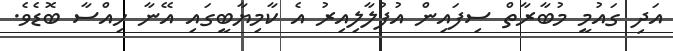
އަދި ގައުމީ މުބާރާތް ސިފައިން އުފުލާލިއިރު އެ ކާމިޔާބީގައި އޭނާ ހިއްސާ ބޮޑެވެ.